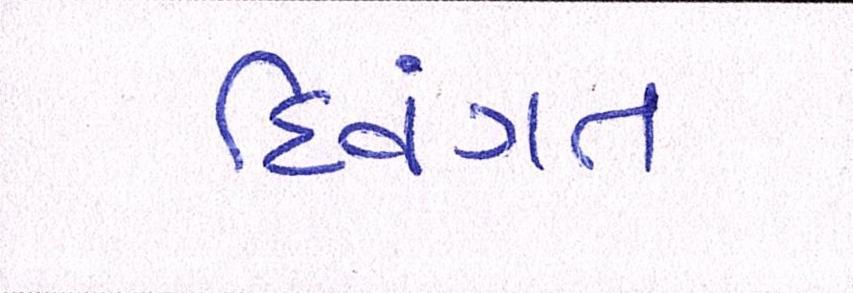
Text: દિવંગત